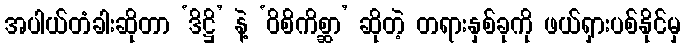
အပါယ်တံခါးဆိုတာ ‘ဒိဋ္ဌိ’ နဲ့ ‘ဝိစိကိစ္ဆာ’ ဆိုတဲ့ တရားနှစ်ခုကို ဖယ်ရှားပစ်နိုင်မှ